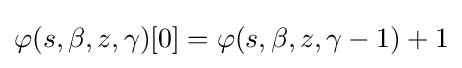
\varphi (s,\beta ,z,\gamma )[0]=\varphi (s,\beta ,z,\gamma -1)+1